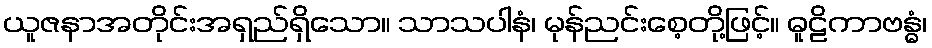
ယူဇနာအတိုင်းအရှည်ရှိသော။ သာသပါနံ၊ မုန်ညင်းစေ့တို့ဖြင့်။ ဓူဠိကာဗန္ဓံ၊